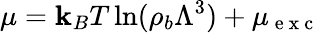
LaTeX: \mu=\mathbf{k}_{B}T\ln(\rho_{b}\Lambda^{3})+\mu_{\mathrm{{~e~x~c~}}}